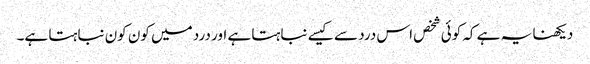
دیکھنا یہ ہے کہ کوئی شخص اس درد سے کیسے نباہتا ہے اور درد میں کون کون نباہتا ہے۔